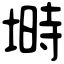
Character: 塒